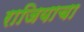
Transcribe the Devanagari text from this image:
राजियाचा